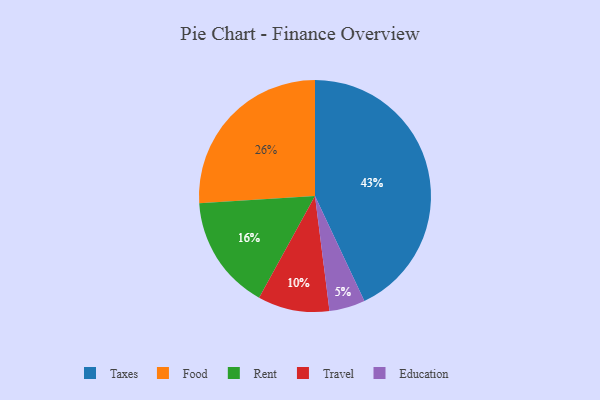
{"axis": {"x": "Category", "y": "Percentage"}, "legend": ["Education", "Food", "Rent", "Taxes", "Travel"], "data": [{"x": "Travel", "y": 10, "type": "Travel"}, {"x": "Rent", "y": 16, "type": "Rent"}, {"x": "Food", "y": 26, "type": "Food"}, {"x": "Education", "y": 5, "type": "Education"}, {"x": "Taxes", "y": 43, "type": "Taxes"}]}